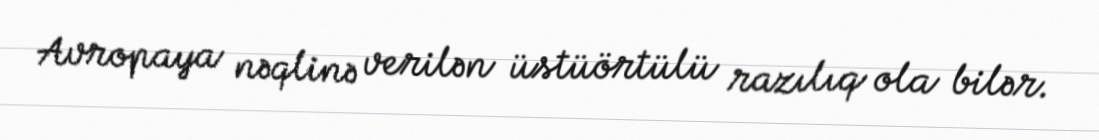
Avropaya nəqlinə verilən üstüörtülü razılıq ola bilər.